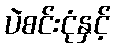
ပဲစင်းငုံနှင့်